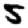
Digit: 5